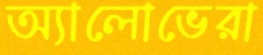
অ্যালোভেরা